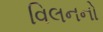
વિલનનો